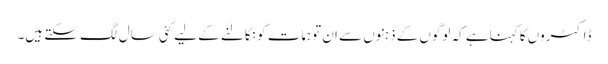
ڈاکٹروں کا کہناہے کہ لوگوں کے ذہنوں سے ان توہمات کو نکالنے کے لیے کئی سال لگ سکتے ہیں۔